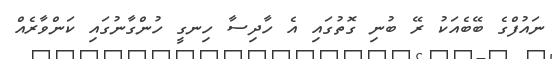
ނައުފްގެ ބޭބެއަކު ރޭ ބުނި ގޮތުގައި އެ ހާދިސާ ހިނގީ ހުންގާނުގައި ކަންވާރެއް